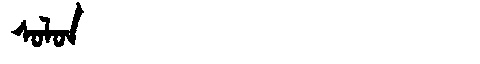
Manchu: ᠰᠣᠯᠣᠨ
Romanization: SOLON